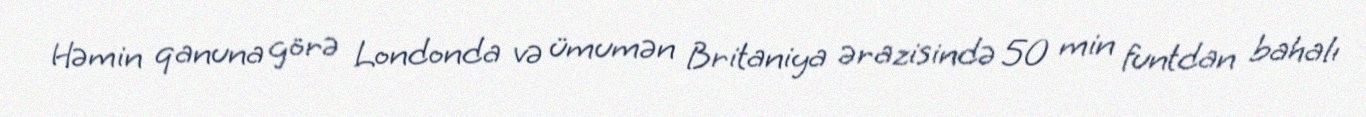
Həmin qanuna görə Londonda və ümumən Britaniya ərazisində 50 min funtdan bahalı